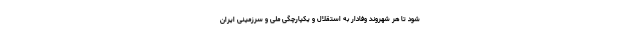
شود تا هر شهروند وفادار به استقلال و یکپارچگی ملی و سرزمینی ایران